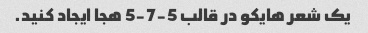
یک شعر هایکو در قالب 5-7-5 هجا ایجاد کنید.